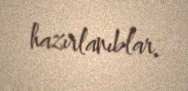
hazırlanıblar.